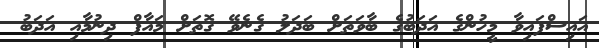
އައިސްފައިވާ މީހުންގެ އަދަބުގެ ބާވަތަށް ބަދަލު ގެނެވޭ ގޮތަށް މައާފް ދިނުމާއި އަދަބު